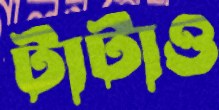
টাটাও